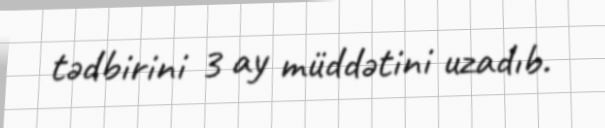
tədbirini 3 ay müddətini uzadıb.